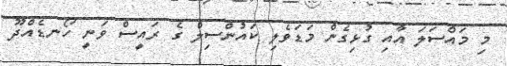
މި މައްސަލަ އާއި ގުޅިގެން މަޑަވެލި ކައުންސިލް ގެ ރައީސް ވަނީ ހޯނޑެއްދޫ